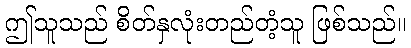
ဤသူသည် စိတ်နှလုံးတည်တံ့သူ ဖြစ်သည်။